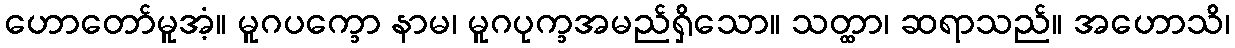
ဟောတော်မူအံ့။ မူဂပက္ခော နာမ၊ မူဂပုက္ခအမည်ရှိသော။ သတ္ထာ၊ ဆရာသည်။ အဟောသိ၊